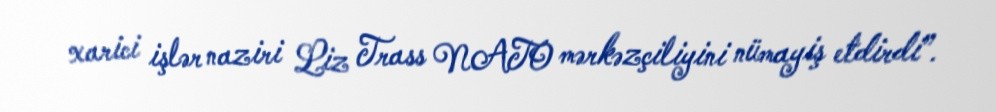
xarici işlər naziri Liz Trass NATO mərkəzçiliyini nümayiş etdirdi”.